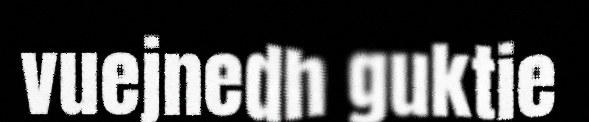
vuejnedh guktie